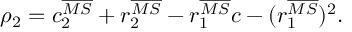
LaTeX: \rho _ { 2 } = c _ { 2 } ^ { \overline { { { M S } } } } + r _ { 2 } ^ { \overline { { { M S } } } } - r _ { 1 } ^ { \overline { { { M S } } } } c - ( r _ { 1 } ^ { \overline { { { M S } } } } ) ^ { 2 } .